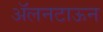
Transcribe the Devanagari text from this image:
ॲलनटाऊन